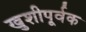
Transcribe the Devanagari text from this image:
खुशीपूर्वक